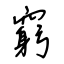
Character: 窮